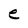
Character: e